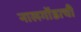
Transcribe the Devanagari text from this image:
नालगोंडाची